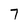
Character: 7